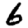
Digit: 6